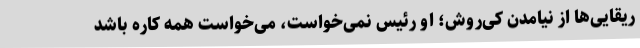
ریقایی‌ها از نیامدن کی‌روش؛ او رئیس نمی‌خواست، می‌خواست همه کاره باشد